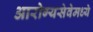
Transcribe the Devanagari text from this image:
आरोग्यसेवेमध्ये